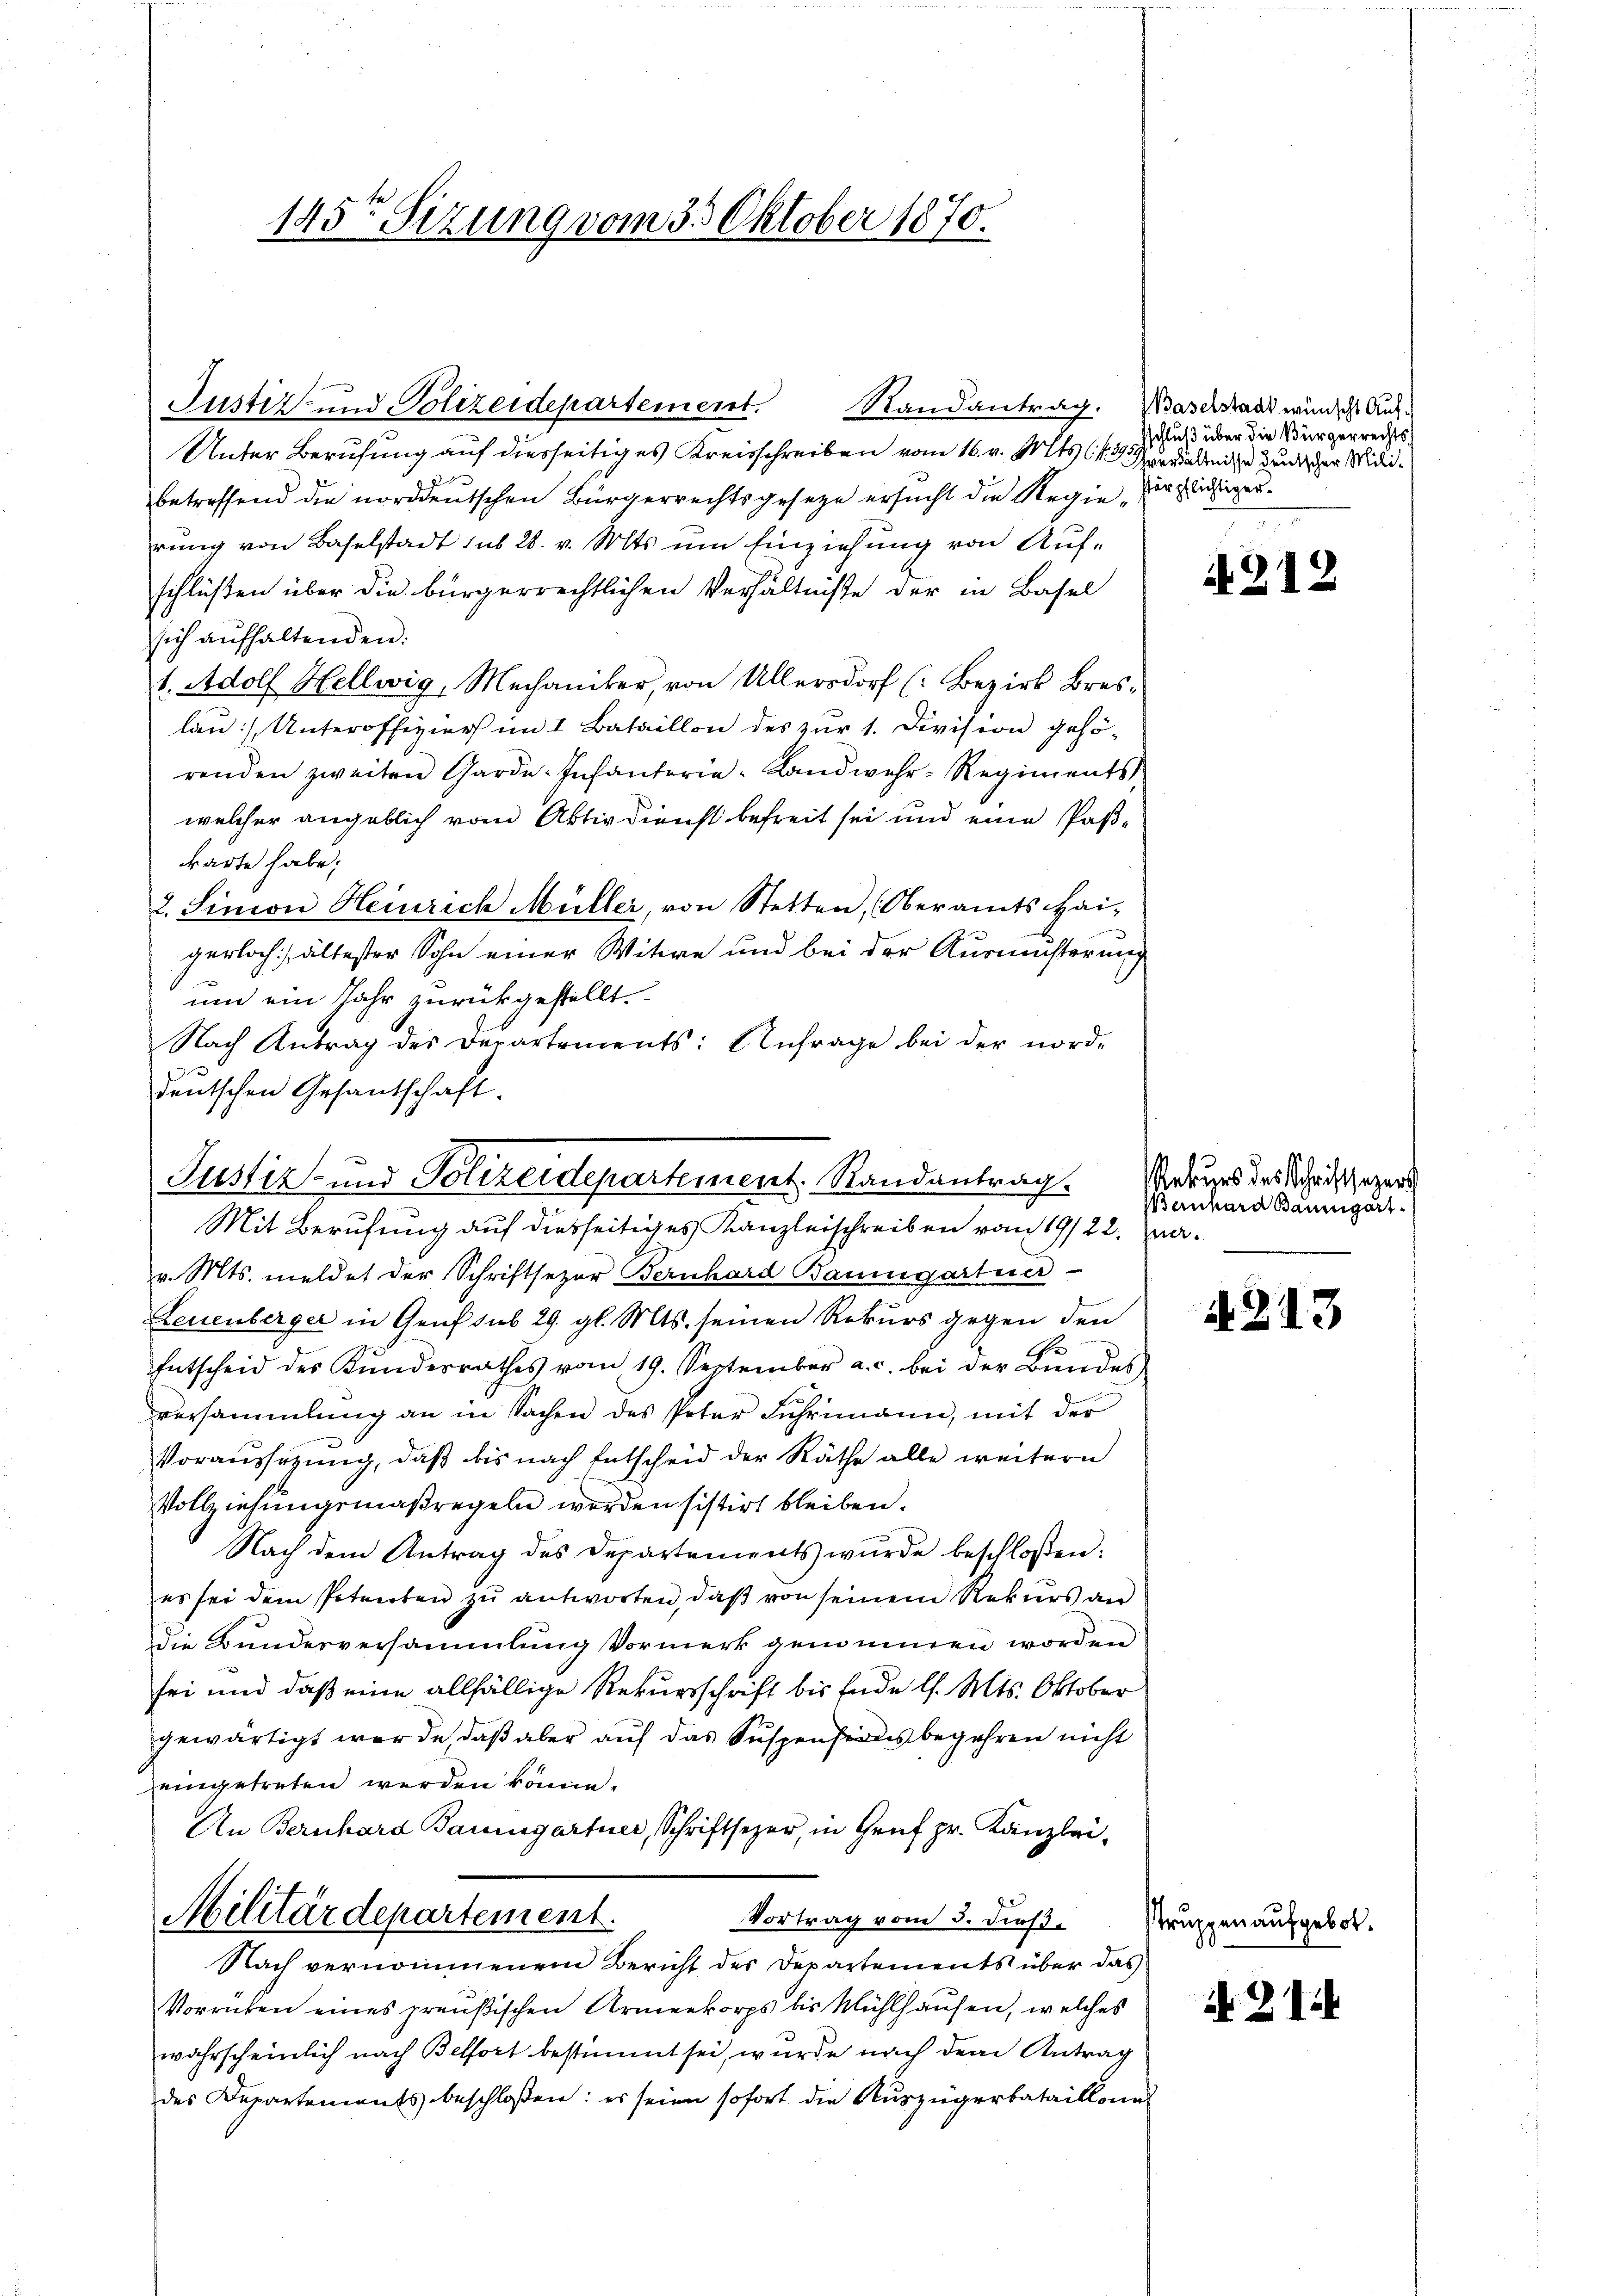
145ten Sizung vom 3. Oktober 1870.

Justiz- und Polizeidepartement. Randantrag. Waserstadt würdes Auf¬

Unter Berufung auf diesseitiges Kreisschreiben vom 16. v. Mts. (vieleite Bunder Milibetreffend die norddeutschen Bürgerrechtsgesetze ersucht die Regie durchläsiger
rung von Baselstadt sub 28. v. Mts. um Einziehung von Aufschlüßen über die bürgerrechtlichen Verhältniße der in Basel
sich aŭfhaltenden.
1. Adolf Hellwig, Mechaniker, von Allersdorf (Bezirk Bres-
lau), Unteroffizier im I Bataillon des zur 1. Division gehörenden zweiten Garde-Infanterie-Landwehr-Regiments,
welcher angeblich vom Aktiv dienst befreit sei und eine Paßkarte habe;
2. Sinion Heinrich Müller, von Stetten, (Oberamts Hai-
gerloch ältester Sohn einer Witwe und bei der Ausmüsterung
um ein Jahr zurückgestellt.
Nach Antrag des Departements: Anfrage bei der nord-
deutschen Gesantschaft.

Justiz und Polizeidepartement. Randantrag.
Mit Berufung auf diesseitiges Kanzleischreiben vom 19/22. Jun¬

v. Mts. meldet der Schriftsezer Bernhard Baumgartner
Leuenberger in Genf sub 29. gl. Mts. seinen Rekurs gegen den
Entscheid des Kŭndesrathes vom 19. September a.c. bei der Bŭndes
versammlung an in Sachen des Peter Fuhrmann, mit der
Voraussezung, daβ bis nach Entscheid der Räthe alle weitern
Vollziehungsmaßregeln werden sistirt bleiben.
Nach dem Antrag des Departements wurde beschloßen:
es sei dem Petenten zŭ antworten, daβ von seinem Rekurs an
Die Bundesversammlung Vormerk genommen worden
sei und daß eine allfällige Rekursschrift bis Ende l. Mts. Oktober
gewärtigt werde, daß aber auf das Suspensordes begehren nicht
eingetreten werden könne.
An Bernhard Baumgartner, Schriftsezer, in Genf pr. Kanzlei-
Militärdepartement.
Vortrag vom 3. dieß¬
Nach vernommenem Bericht der Departements über das
Vorrücken eines preußischen Armeekorps bis Mühlhausen, welches
wahrscheinlich nach Belfort bestimmt sei, wurde nach dem Antrag
des Departements beschloßen: es seien sofort die Auszügerbataillone

sschluß über die Bürgerrechts¬

Truppen,

212

Rekurs des Schriftsezers
Banhard Baumgart¬

4213

21

gebot.